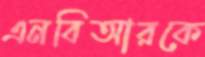
এনবিআরকে